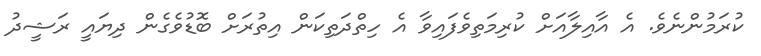
ކުރަމުންނެވެ. އެ އާއިލާއަށް ކުރިމަތިވެފައިވާ އެ ހިތްދަތިކަން އިތުރަށް ބޮޑުވެގެން ދިޔައީ ރަޝީދު